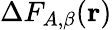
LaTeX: \Delta F_{A,\beta}(\mathbf{r})